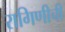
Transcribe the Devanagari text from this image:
रागिणीची